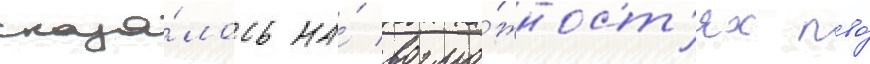
сказа́лось на́ возмо́жност'ях пво́